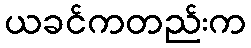
ယခင်ကတည်းက